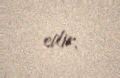
edir.